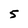
Character: 5